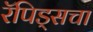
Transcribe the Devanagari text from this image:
रॅपिड्सचा